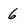
Character: 6